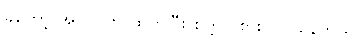
ခုတော့ အလုပ်က ထွက်ပြီး စက္ကူပွဲစား လုပ်နေတယ်။